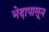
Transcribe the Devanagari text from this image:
भेदापासून